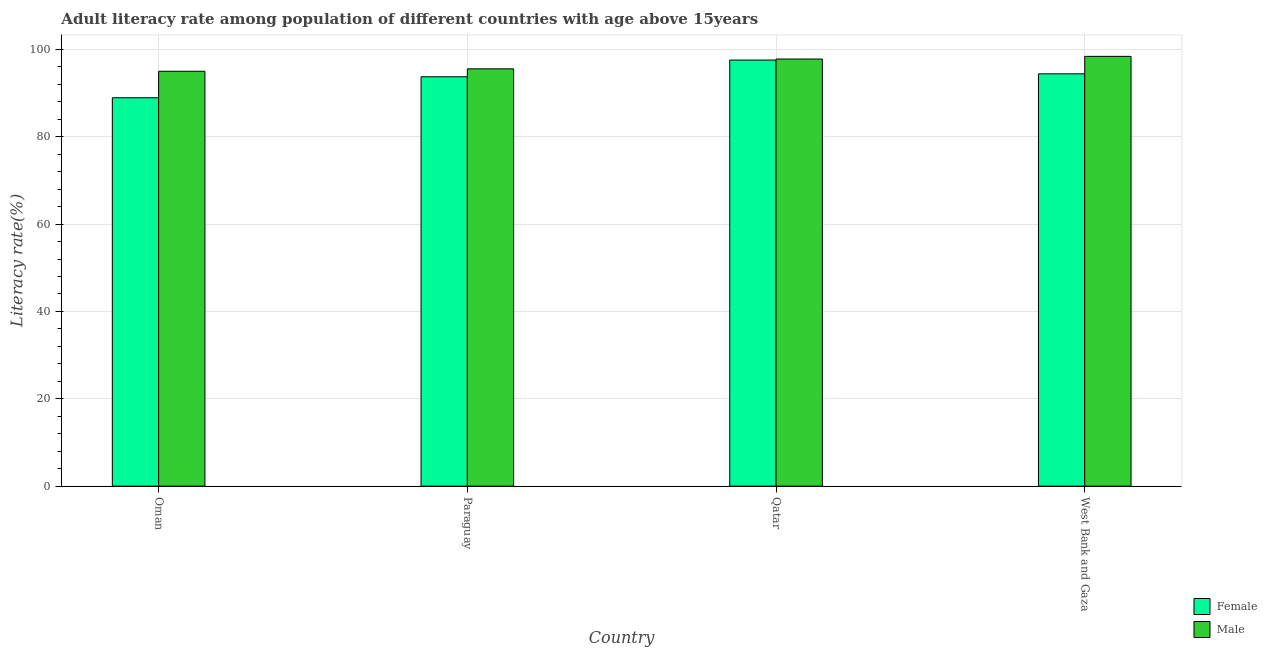
| Country | Female | Male |
 | --- | --- | --- |
 | Oman | 88.9 | 95 |
 | Paraguay | 93.7 | 95.5 |
 | Qatar | 97.6 | 97.8 |
 | West Bank and Gaza | 94.4 | 98.4 |